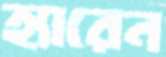
হ্যারেন